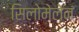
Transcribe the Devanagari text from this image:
सिलोमेलेन